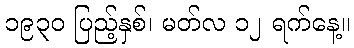
၁၉၃၀ ပြည့်နှစ်၊ မတ်လ ၁၂ ရက်နေ့။